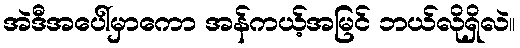
အဲဒီအပေါ်မှာကော အန်ကယ့်အမြင် ဘယ်လိုရှိလဲ။